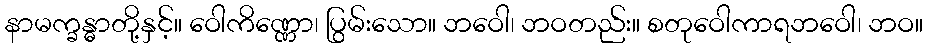
နာမက္ခန္ဓာတို့နှင့်။ ဝေါကိဏ္ဏော၊ ပြွမ်းသော။ ဘဝေါ၊ ဘဝတည်း။ စတုဝေါကာရဘဝေါ၊ ဘဝ။